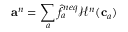
\mathbf { a } ^ { n } = \sum _ { a } \hat { f } _ { a } ^ { n e q } \mathcal { H } ^ { n } ( \mathbf { c } _ { a } )